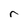
Character: r